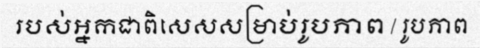
របស់អ្នកជាពិសេសសម្រាប់រូបភាព / រូបភាព